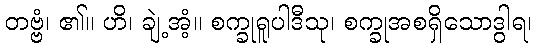
တဗ္ဗံ၊ ၏။ ဟိ၊ ချဲ့အံ့။ စက္ခုရူပါဒီသု၊ စက္ခုအစရှိသောဒွါရ၊